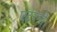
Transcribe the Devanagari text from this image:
एटरनो